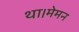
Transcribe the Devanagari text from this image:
था।मेमन